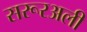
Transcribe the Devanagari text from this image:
सरूरअली